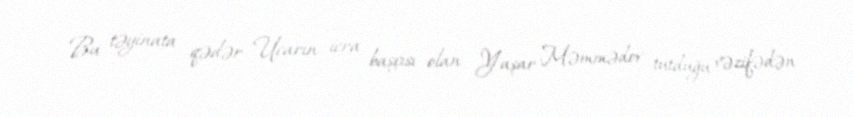
Bu təyinata qədər Ucarın icra başçısı olan Yaşar Məmmədov tutduğu vəzifədən